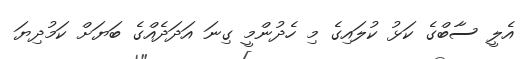
އެލީ ސާބްގެ ކަޅު ކުލައިގެ މި ހެދުންމީ ގިނަ އަދަދެއްގެ ބަޔަށް ކަމުދިޔަ